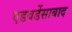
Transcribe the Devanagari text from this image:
एडवर्डेसाबाद